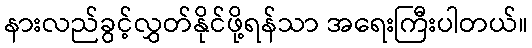
နားလည်ခွင့်လွှတ်နိုင်ဖို့ရန်သာ အရေးကြီးပါတယ်။